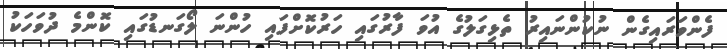
ފެންވަރައިގެން ނުކުންނައިރު ތެޅިގަލުގެ އުވަ ފާރުގައި ހަރުކޮށްފައި ހުންނަ ލޯގަނޑުގައި ކޮންމެ ދުވަހަކު